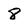
Character: 8